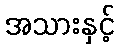
အသားနှင့်